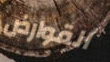
القوارض